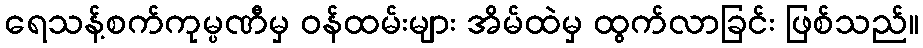
ရေသန့်စက်ကုမ္ပဏီမှ ဝန်ထမ်းများ အိမ်ထဲမှ ထွက်လာခြင်း ဖြစ်သည်။